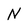
Character: N